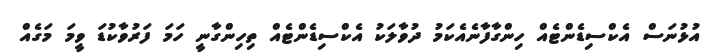
އުޅުނަސް އެކްސިޑެންޓެއް ހިންގާފާނެއެކަމު ދުވާލަކު އެކްސިޑެންޓެއް ތިހިންގާނީ ހަމަ ފަރުވާކުޑަ ވީމަ މަގެއް